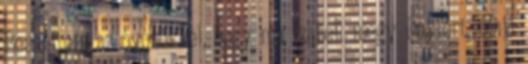
Beszéltem az óvónőkkel, hogy ma Izabell megy Daviért, majd